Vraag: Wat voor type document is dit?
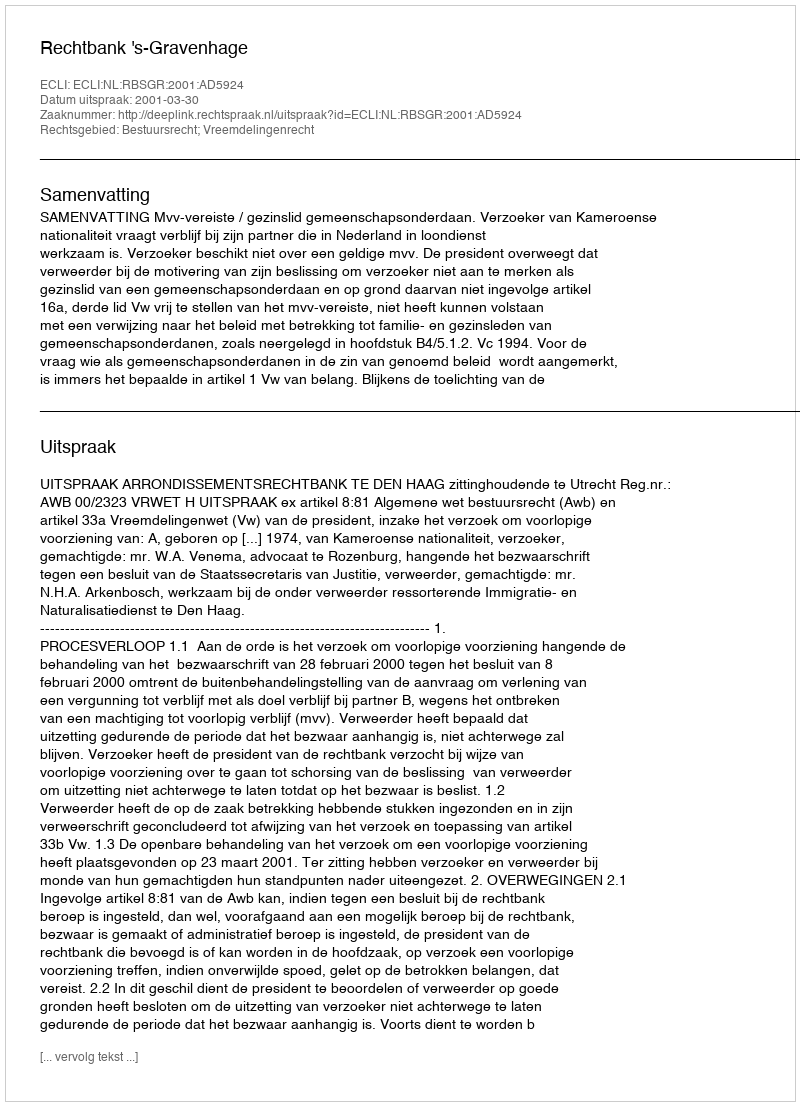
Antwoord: Uitspraak